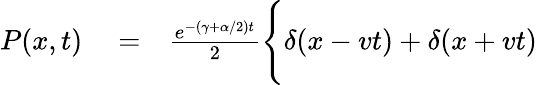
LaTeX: \begin{array}{rlr}{P(x,t)}&{{}=}&{\frac{e^{-(\gamma+\alpha/2)t}}{2}\Biggl\{ \delta(x-vt)+\delta(x+vt)\Biggr.}\end{array}